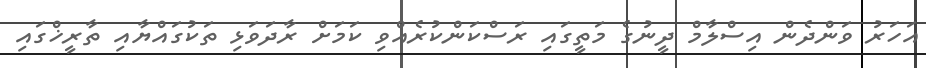
އަހަރު ވަންދެން އިސްލާމް ދީނުގެ މަތީގައި ރަސްކަންކުރެއްވި ކަމަށް ރާދަވަޅި ތަކުގައްޔާއި ތާރީޚްގައި